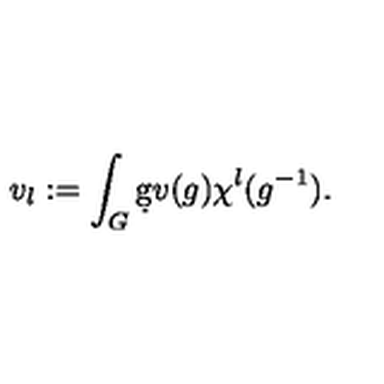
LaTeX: v _ { l } : = \int _ { G } \d g v ( g ) \chi ^ { l } ( g ^ { - 1 } ) .